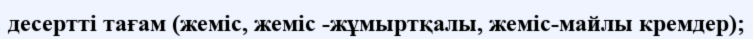
десертті тағам (жеміс, жеміс -жұмыртқалы, жеміс-майлы кремдер);